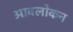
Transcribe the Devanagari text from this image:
आवलोकन